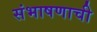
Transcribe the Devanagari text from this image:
संभाषणाची